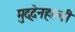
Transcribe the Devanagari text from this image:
मुद्देनहल्ली